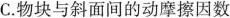
C.物块与斜面间的动摩擦因数